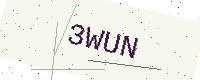
Text: 3WUN